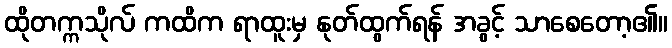
ထိုတက္ကသိုလ် ကထိက ရာထူးမှ နုတ်ထွက်ရန် အခွင့် သာစေတော့၏။